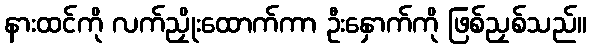
နားထင်ကို လက်ညှိုးထောက်ကာ ဦးနှောက်ကို ဖြစ်ညှစ်သည်။